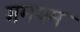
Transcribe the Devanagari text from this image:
गमयम